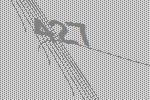
427